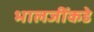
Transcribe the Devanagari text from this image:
भालजींकडे